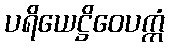
ပရိယေဋ္ဌိဝေပက္ကံ